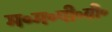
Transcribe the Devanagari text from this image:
म॰म॰पी॰वी॰